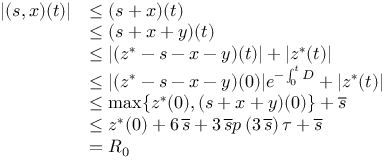
\begin{array} { r l } { | ( s , x ) ( t ) | } & { \leq ( s + x ) ( t ) } \\ & { \leq ( s + x + y ) ( t ) } \\ & { \leq | ( z ^ { * } - s - x - y ) ( t ) | + | z ^ { * } ( t ) | } \\ & { \leq | ( z ^ { * } - s - x - y ) ( 0 ) | e ^ { - \int _ { 0 } ^ { t } D } + | z ^ { * } ( t ) | } \\ & { \leq \operatorname* { m a x } \{ z ^ { * } ( 0 ) , ( s + x + y ) ( 0 ) \} + \overline { s } } \\ & { \leq z ^ { * } ( 0 ) + 6 \, \overline { s } + 3 \, \overline { s } p \left( 3 \, \overline { s } \right) \tau + \overline { s } } \\ & { = R _ { 0 } } \end{array}